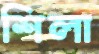
শিলা